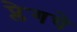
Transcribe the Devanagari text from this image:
प्लेगचे